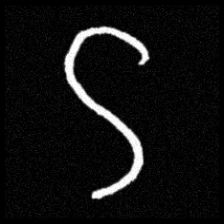
Pyu character \u2014 Myanmar letter: ဌ (romanized: ttha)